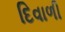
દિવાળી